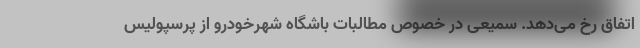
اتفاق رخ می‌دهد. سمیعی در خصوص مطالبات باشگاه شهرخودرو از پرسپولیس